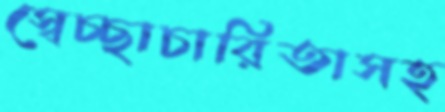
স্বেচ্ছাচারিতাসহ